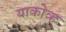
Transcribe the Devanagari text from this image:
याकोव्ह